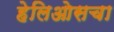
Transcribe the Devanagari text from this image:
हेलिओसचा